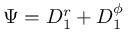
\Psi = D _ { 1 } ^ { r } + D _ { 1 } ^ { \phi }